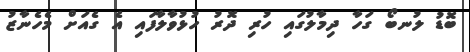
ބޮޑު ލުނބޯ ގަހާ ދިމާލުގައި ހުރި ދޮރު ހުޅުވާލާފައި އެ ގެއަށް މެހެނާޒު